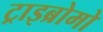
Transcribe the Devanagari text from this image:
ट्राइब्रोमो